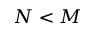
N < M